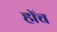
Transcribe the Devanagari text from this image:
हाॅच